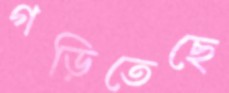
গড়িতেছে